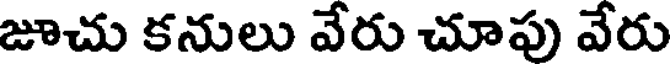
జూచు కనులు వేరు చూపు వేరు